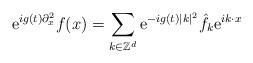
LaTeX: \begin{align*}\mathrm{e}^{i g(t)\partial_x^2} f(x) = \sum_{k \in \mathbb{Z}^d} \mathrm{e}^{- i g(t)|k|^2} \hat{f}_k \mathrm{e}^{i k\cdot x}\end{align*}